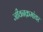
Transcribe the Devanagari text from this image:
जीवनक्रमांवर